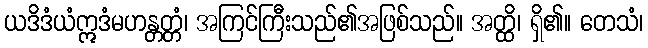
ယဒိဒံယံဣဒံမဟန္တတ္တံ၊ အကြင်ကြီးသည်၏အဖြစ်သည်။ အတ္ထိ၊ ရှိ၏။ တေသံ၊